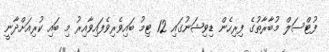
ފުޓްސަލް މުބާރާތުގެ ފިރިހެން ޑިވިޝަނުގައި 12 ޓިމު ބައިވެރިވެފައިވާއިރު މި ބައި ކުރިއަށްދާނީ